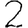
Digit: 2